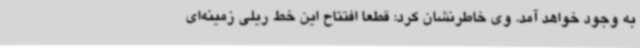
به وجود خواهد آمد. وی خاطرنشان کرد: قطعا افتتاح این خط ریلی زمینه‌ای